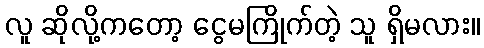
လူ ဆိုလို့ကတော့ ငွေမကြိုက်တဲ့ သူ ရှိမလား။